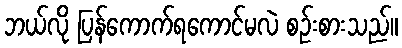
ဘယ်လို ပြန်ကောက်ရကောင်မလဲ စဉ်းစားသည်။